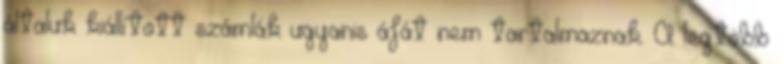
általuk kiállított számlák ugyanis áfát nem tartalmaznak. A legtöbb